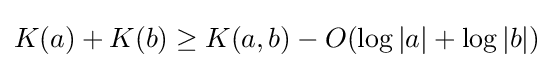
K(a)+K(b)\geq K(a,b)-O(\log |a|+\log |b|)